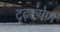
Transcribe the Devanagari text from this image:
दृढ़रूपेण